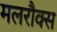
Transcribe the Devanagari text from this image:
मलरौक्स